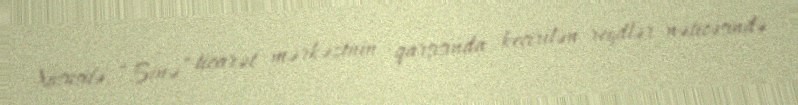
Xüsusilə, “Binə” ticarət mərkəzinin qarşısında keçirilən reydlər nəticəsində